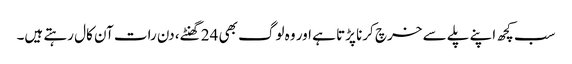
سب کچھ اپنے پلے سے خرچ کرنا پڑتا ہے اور وہ لوگ بھی 24 گھنٹے، دن رات آن کال رہتے ہیں۔